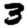
Digit: 3